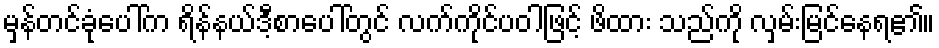
မှန်တင်ခုံပေါ်က ရိန်နယ်ဒီ့စာပေါ်တွင် လက်ကိုင်ပဝါဖြင့် ဖိထား သည်ကို လှမ်းမြင်နေရ၏။